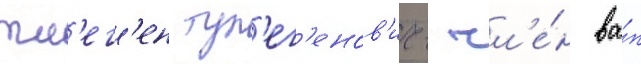
тл'ег'ен тул'ег'енов'ич- чл'е́н ва́п